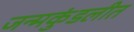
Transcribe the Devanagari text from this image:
जन्मकुंडलीत